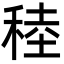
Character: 稑